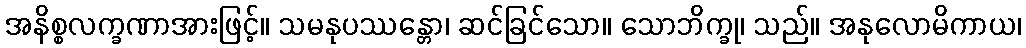
အနိစ္စလက္ခဏာအားဖြင့်။ သမနုပဿန္တော၊ ဆင်ခြင်သော။ သောဘိက္ခု၊ သည်။ အနုလောမိကာယ၊